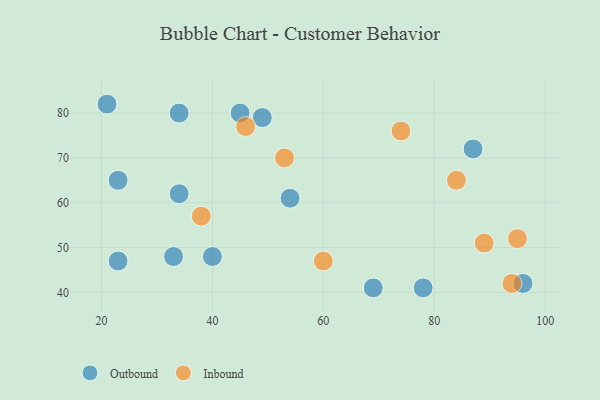
{"axis": {"x": "GDP", "y": "Life Expectancy"}, "legend": ["Inbound", "Outbound"], "data": [{"x": "21", "y": 82, "type": "Outbound"}, {"x": "69", "y": 41, "type": "Outbound"}, {"x": "34", "y": 62, "type": "Outbound"}, {"x": "96", "y": 42, "type": "Outbound"}, {"x": "87", "y": 72, "type": "Outbound"}, {"x": "23", "y": 65, "type": "Outbound"}, {"x": "54", "y": 61, "type": "Outbound"}, {"x": "49", "y": 79, "type": "Outbound"}, {"x": "23", "y": 47, "type": "Outbound"}, {"x": "40", "y": 48, "type": "Outbound"}, {"x": "45", "y": 80, "type": "Outbound"}, {"x": "33", "y": 48, "type": "Outbound"}, {"x": "78", "y": 41, "type": "Outbound"}, {"x": "34", "y": 80, "type": "Outbound"}, {"x": "89", "y": 51, "type": "Inbound"}, {"x": "38", "y": 57, "type": "Inbound"}, {"x": "74", "y": 76, "type": "Inbound"}, {"x": "84", "y": 65, "type": "Inbound"}, {"x": "94", "y": 42, "type": "Inbound"}, {"x": "53", "y": 70, "type": "Inbound"}, {"x": "46", "y": 77, "type": "Inbound"}, {"x": "60", "y": 47, "type": "Inbound"}, {"x": "95", "y": 52, "type": "Inbound"}]}